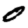
Digit: 0